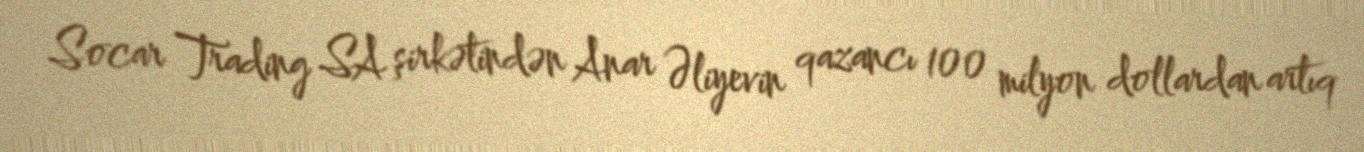
Socar Trading SA şirkətindən Anar Əliyevin qazancı 100 milyon dollardan artıq